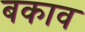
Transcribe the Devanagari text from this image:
बकाव